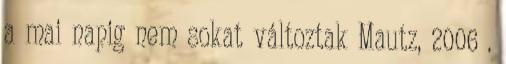
a mai napig nem sokat változtak Mautz, 2006 .